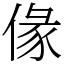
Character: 㑰